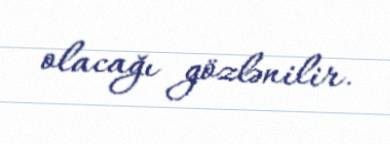
olacağı gözlənilir.